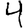
Digit: 4